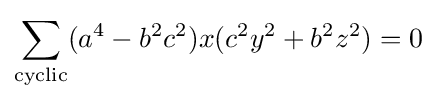
\sum _{\text{cyclic}}(a^{4}-b^{2}c^{2})x(c^{2}y^{2}+b^{2}z^{2})=0